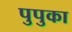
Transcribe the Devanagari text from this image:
पुपुका